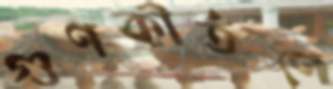
গুণকীর্তণে